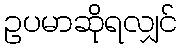
ဥပမာဆိုရလျှင်